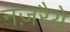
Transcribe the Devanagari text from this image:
नज़रैये